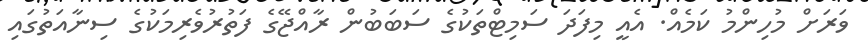
ވަރަށް މުހިންމު ކަމެއް. އެއީ މިފަދަ ސަމިޓްތަކުގެ ސަބަބުން ރާއްޖޭގެ ފަތުރުވެރިމަކުގެ ސިނާއަތުގައި